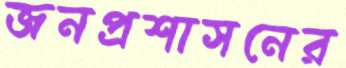
জনপ্রশাসনের